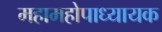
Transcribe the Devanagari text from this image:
महामहोपाध्यायक